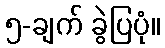
၅-ချက် ခွဲပြပုံ။